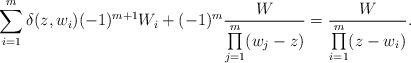
LaTeX: \begin{align*} \sum_{i=1}^{m}\delta(z,w_{i}) (-1)^{m+1}W_{i}+(-1)^{m} \frac{W }{\prod\limits_{j=1}^{m}(w_{j}-z)}= \frac{W}{\prod\limits_{i=1}^{m}(z-w_{i})}.\end{align*}